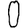
Digit: 0